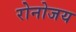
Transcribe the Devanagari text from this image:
रोनोजय